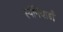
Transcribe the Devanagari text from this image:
स्पेनियार्डों